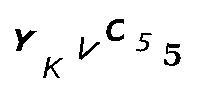
YKVC55